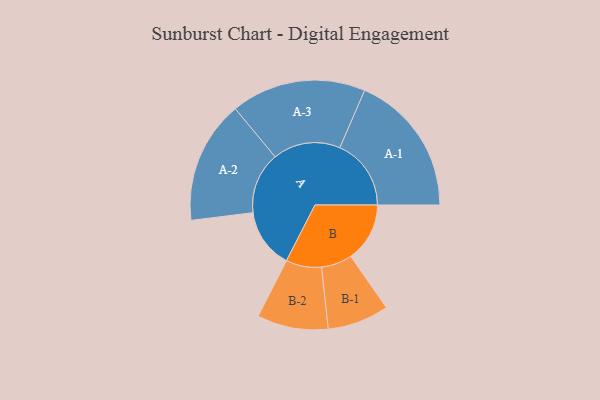
{"axis": {"x": "Segment", "y": "Value"}, "legend": ["", "A", "B"], "data": [{"x": "A", "y": 249, "type": ""}, {"x": "B", "y": 246, "type": ""}, {"x": "A-1", "y": 297, "type": "A"}, {"x": "A-2", "y": 256, "type": "A"}, {"x": "A-3", "y": 281, "type": "A"}, {"x": "B-1", "y": 128, "type": "B"}, {"x": "B-2", "y": 148, "type": "B"}]}